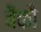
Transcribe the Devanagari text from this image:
बैंकौ